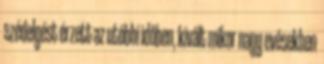
szédelgést érzett az utóbbi időben, kivált mikor nagy evésekben